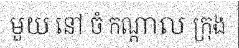
មួយ នៅ ចំ កណ្តាល ក្រុង